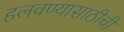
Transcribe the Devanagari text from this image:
हलवण्यासाठीची